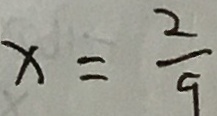
x = \frac { 2 } { 9 }